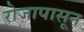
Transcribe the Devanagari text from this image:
रोजापासून